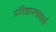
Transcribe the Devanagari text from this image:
प्रतिष्ठापनाचार्य